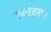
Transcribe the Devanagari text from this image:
एकातरण